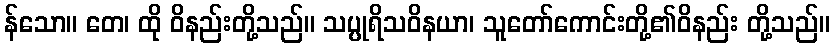
န်သော။ တေ၊ ထို ဝိနည်းတို့သည်။ သပ္ပုရိသဝိနယာ၊ သူတော်ကောင်းတို့၏ဝိနည်း တို့သည်။